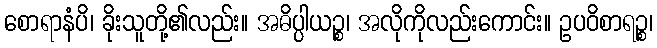
စောရာနံပိ၊ ခိုးသူတို့၏လည်း။ အဓိပ္ပါယဉ္စ၊ အလိုကိုလည်းကောင်း။ ဥပဝိစာရဉ္စ၊